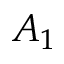
A _ { 1 }